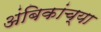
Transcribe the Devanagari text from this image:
अंबिकांच्या